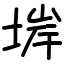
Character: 堓